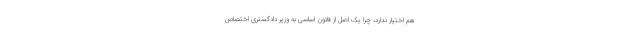
هم اختیار ندارد، چرا یک اصل از قانون اساسی به وزیر دادگستری اختصاص